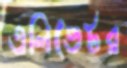
এলিভেটর